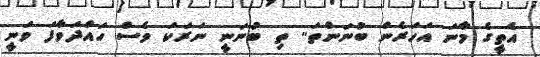
އެތީގެ މާނަ އަހަރެން ބުނަންތަ.. ތި ބުނަނީ ނަރަކަ ވެސް ހައްދަވާފަ ވަނީ